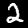
Digit: 2